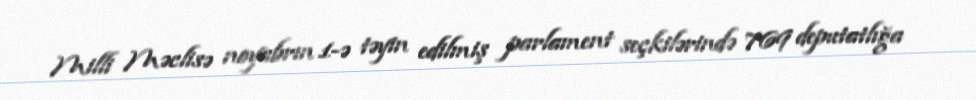
Milli Məclisə noyabrın 1-ə təyin edilmiş parlament seçkilərində 769 deputatlığa